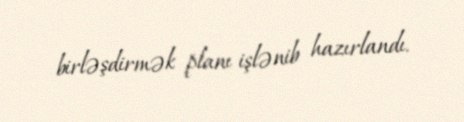
birləşdirmək planı işlənib hazırlandı.